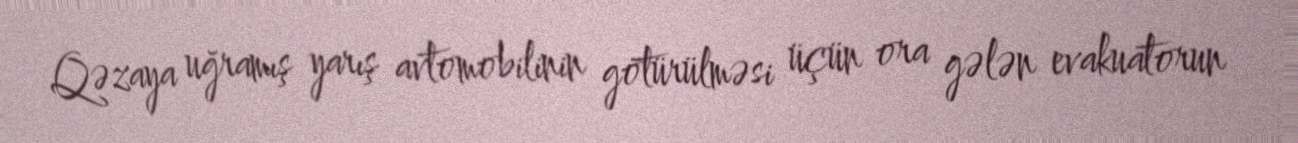
Qəzaya uğramış yarış avtomobilinin götürülməsi üçün ora gələn evakuatorun